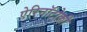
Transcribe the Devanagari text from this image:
ऐरिनॉटोकी